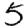
Digit: 5